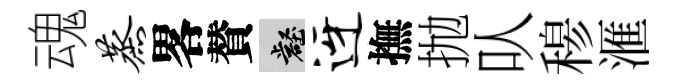
魂蒸畧賛壑迓撫抛㕥𥠇滙